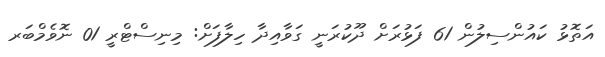
އަތޮޅު ކައުންސިލުން 61 ފަޅުރަށް ދޫކުރަނީ ގަވާއިދާ ހިލާފަށް: މިނިސްޓްރީ 01 ނޮވެމްބަރ